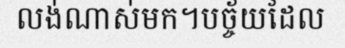
លង់ណាស់មក។បច្ច័យដែល